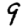
Digit: 9